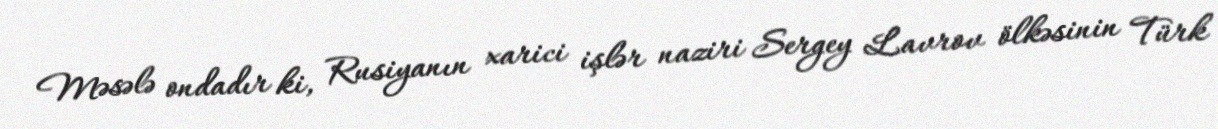
Məsələ ondadır ki, Rusiyanın xarici işlər naziri Sergey Lavrov ölkəsinin Türk